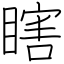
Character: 瞎